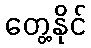
တွေ့နိုင်